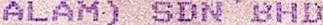
ALAM) SDN BHD